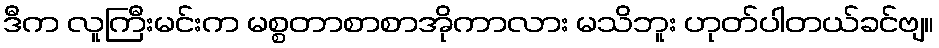
ဒီက လူကြီးမင်းက မစ္စတာစာစာအိုကာလား မသိဘူး ဟုတ်ပါတယ်ခင်ဗျ။